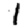
Digit: 1